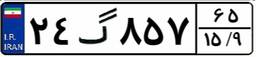
۰۹گ۲۹۴۴۹